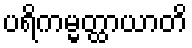
ပရိကမ္မတ္ထာယာတိ